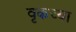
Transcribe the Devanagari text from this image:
वृकच्या